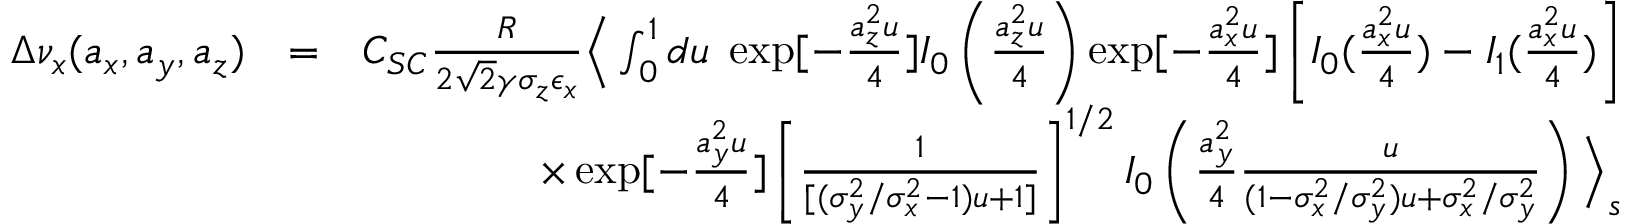
\begin{array} { r l r } { \Delta \nu _ { x } ( a _ { x } , a _ { y } , a _ { z } ) } & { = } & { C _ { S C } \frac { R } { 2 \sqrt { 2 } \gamma \sigma _ { z } \epsilon _ { x } } { \Big \langle } \int _ { 0 } ^ { 1 } d u \; \exp [ - \frac { a _ { z } ^ { 2 } u } { 4 } ] I _ { 0 } \left( \frac { a _ { z } ^ { 2 } u } { 4 } \right) \exp [ - \frac { a _ { x } ^ { 2 } u } { 4 } ] \left[ I _ { 0 } ( \frac { a _ { x } ^ { 2 } u } { 4 } ) - I _ { 1 } ( \frac { a _ { x } ^ { 2 } u } { 4 } ) \right] } \\ & { } & { \times \exp [ - \frac { a _ { y } ^ { 2 } u } { 4 } ] \left[ \frac { 1 } { [ ( \sigma _ { y } ^ { 2 } / \sigma _ { x } ^ { 2 } - 1 ) u + 1 ] } \right] ^ { 1 / 2 } I _ { 0 } \left( \frac { a _ { y } ^ { 2 } } { 4 } \frac { u } { ( 1 - \sigma _ { x } ^ { 2 } / \sigma _ { y } ^ { 2 } ) u + \sigma _ { x } ^ { 2 } / \sigma _ { y } ^ { 2 } } \right) { \Big \rangle _ { s } } } \\ & { } & \end{array}